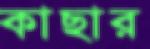
কাছার